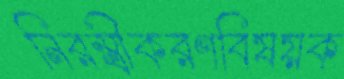
নিরস্ত্রীকরণবিষয়ক